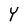
Character: Y